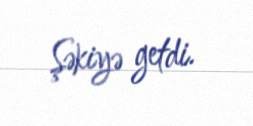
Şəkiyə getdi.